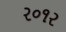
ર૦૧ર